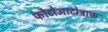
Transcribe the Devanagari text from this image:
फोटोआटोट्राफ